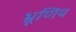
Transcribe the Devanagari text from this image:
भ्रूणिय